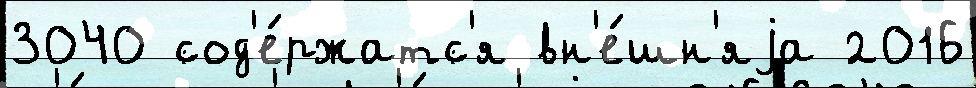
3040 сод'е́ржатс'я вн'е́шн'яjа 2016